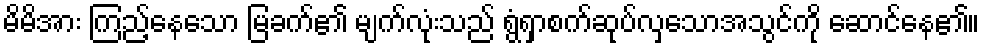
မိမိအား ကြည့်နေသော မြခက်၏ မျက်လုံးသည် ရွံရှာစက်ဆုပ်လှသောအသွင်ကို ဆောင်နေ၏။